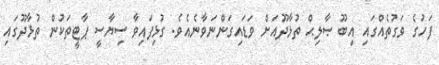
ފަހުގެ ވަގުތެއްގައި އިބޫ ޞާލިޙް ތުޅާދޫއަށް ވަޑައިގަންނަވާނެއެވެ. ގުޅިފައިވާ ސިޔާސީ ޕާޓީތަކުން ތުޅާދޫގައި